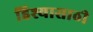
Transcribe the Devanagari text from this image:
हिश्यासाठी